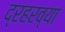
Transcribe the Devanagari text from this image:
द्रहरव्या